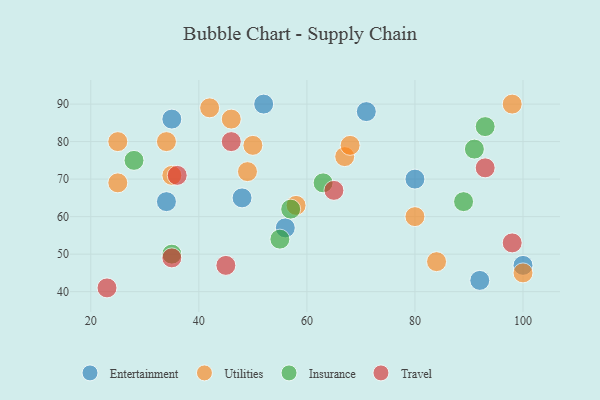
{"axis": {"x": "GDP", "y": "Life Expectancy"}, "legend": ["Entertainment", "Insurance", "Travel", "Utilities"], "data": [{"x": "52", "y": 90, "type": "Entertainment"}, {"x": "34", "y": 64, "type": "Entertainment"}, {"x": "35", "y": 86, "type": "Entertainment"}, {"x": "71", "y": 88, "type": "Entertainment"}, {"x": "80", "y": 70, "type": "Entertainment"}, {"x": "100", "y": 47, "type": "Entertainment"}, {"x": "92", "y": 43, "type": "Entertainment"}, {"x": "56", "y": 57, "type": "Entertainment"}, {"x": "48", "y": 65, "type": "Entertainment"}, {"x": "25", "y": 80, "type": "Utilities"}, {"x": "80", "y": 60, "type": "Utilities"}, {"x": "49", "y": 72, "type": "Utilities"}, {"x": "46", "y": 86, "type": "Utilities"}, {"x": "98", "y": 90, "type": "Utilities"}, {"x": "67", "y": 76, "type": "Utilities"}, {"x": "25", "y": 69, "type": "Utilities"}, {"x": "34", "y": 80, "type": "Utilities"}, {"x": "42", "y": 89, "type": "Utilities"}, {"x": "84", "y": 48, "type": "Utilities"}, {"x": "58", "y": 63, "type": "Utilities"}, {"x": "68", "y": 79, "type": "Utilities"}, {"x": "50", "y": 79, "type": "Utilities"}, {"x": "100", "y": 45, "type": "Utilities"}, {"x": "35", "y": 71, "type": "Utilities"}, {"x": "63", "y": 69, "type": "Insurance"}, {"x": "89", "y": 64, "type": "Insurance"}, {"x": "91", "y": 78, "type": "Insurance"}, {"x": "35", "y": 50, "type": "Insurance"}, {"x": "28", "y": 75, "type": "Insurance"}, {"x": "55", "y": 54, "type": "Insurance"}, {"x": "57", "y": 62, "type": "Insurance"}, {"x": "93", "y": 84, "type": "Insurance"}, {"x": "23", "y": 41, "type": "Travel"}, {"x": "98", "y": 53, "type": "Travel"}, {"x": "35", "y": 49, "type": "Travel"}, {"x": "46", "y": 80, "type": "Travel"}, {"x": "36", "y": 71, "type": "Travel"}, {"x": "65", "y": 67, "type": "Travel"}, {"x": "93", "y": 73, "type": "Travel"}, {"x": "45", "y": 47, "type": "Travel"}]}